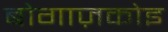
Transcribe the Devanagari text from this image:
बोगाज़कोइ